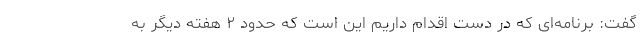
گفت: برنامه‌ای که در دست اقدام داریم این است که حدود ۲ هفته دیگر به